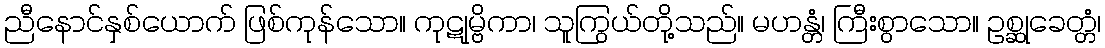
ညီနောင်နှစ်ယောက် ဖြစ်ကုန်သော။ ကုဋုမ္ဗိကာ၊ သူကြွယ်တို့သည်။ မဟန္တံ၊ ကြီးစွာသော။ ဥစ္ဆုခေတ္တံ၊